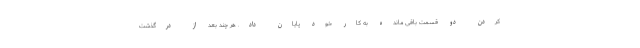
کردن دو قسمت باقی مانده به کار خود پایان داد. هر چند بعد از درگذشت